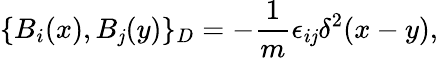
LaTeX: \{ B_{i}(x),B_{\mathit{j}}(y)\} _{D}=-\frac{{1}}{{m}}\epsilon_{i\mathit{j}}\delta^{2}(x-y),